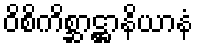
ဝိစိကိစ္ဆာဋ္ဌာနိယာနံ